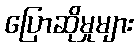
ပြောဆိုမှုများ